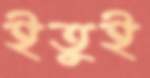
ইতুই